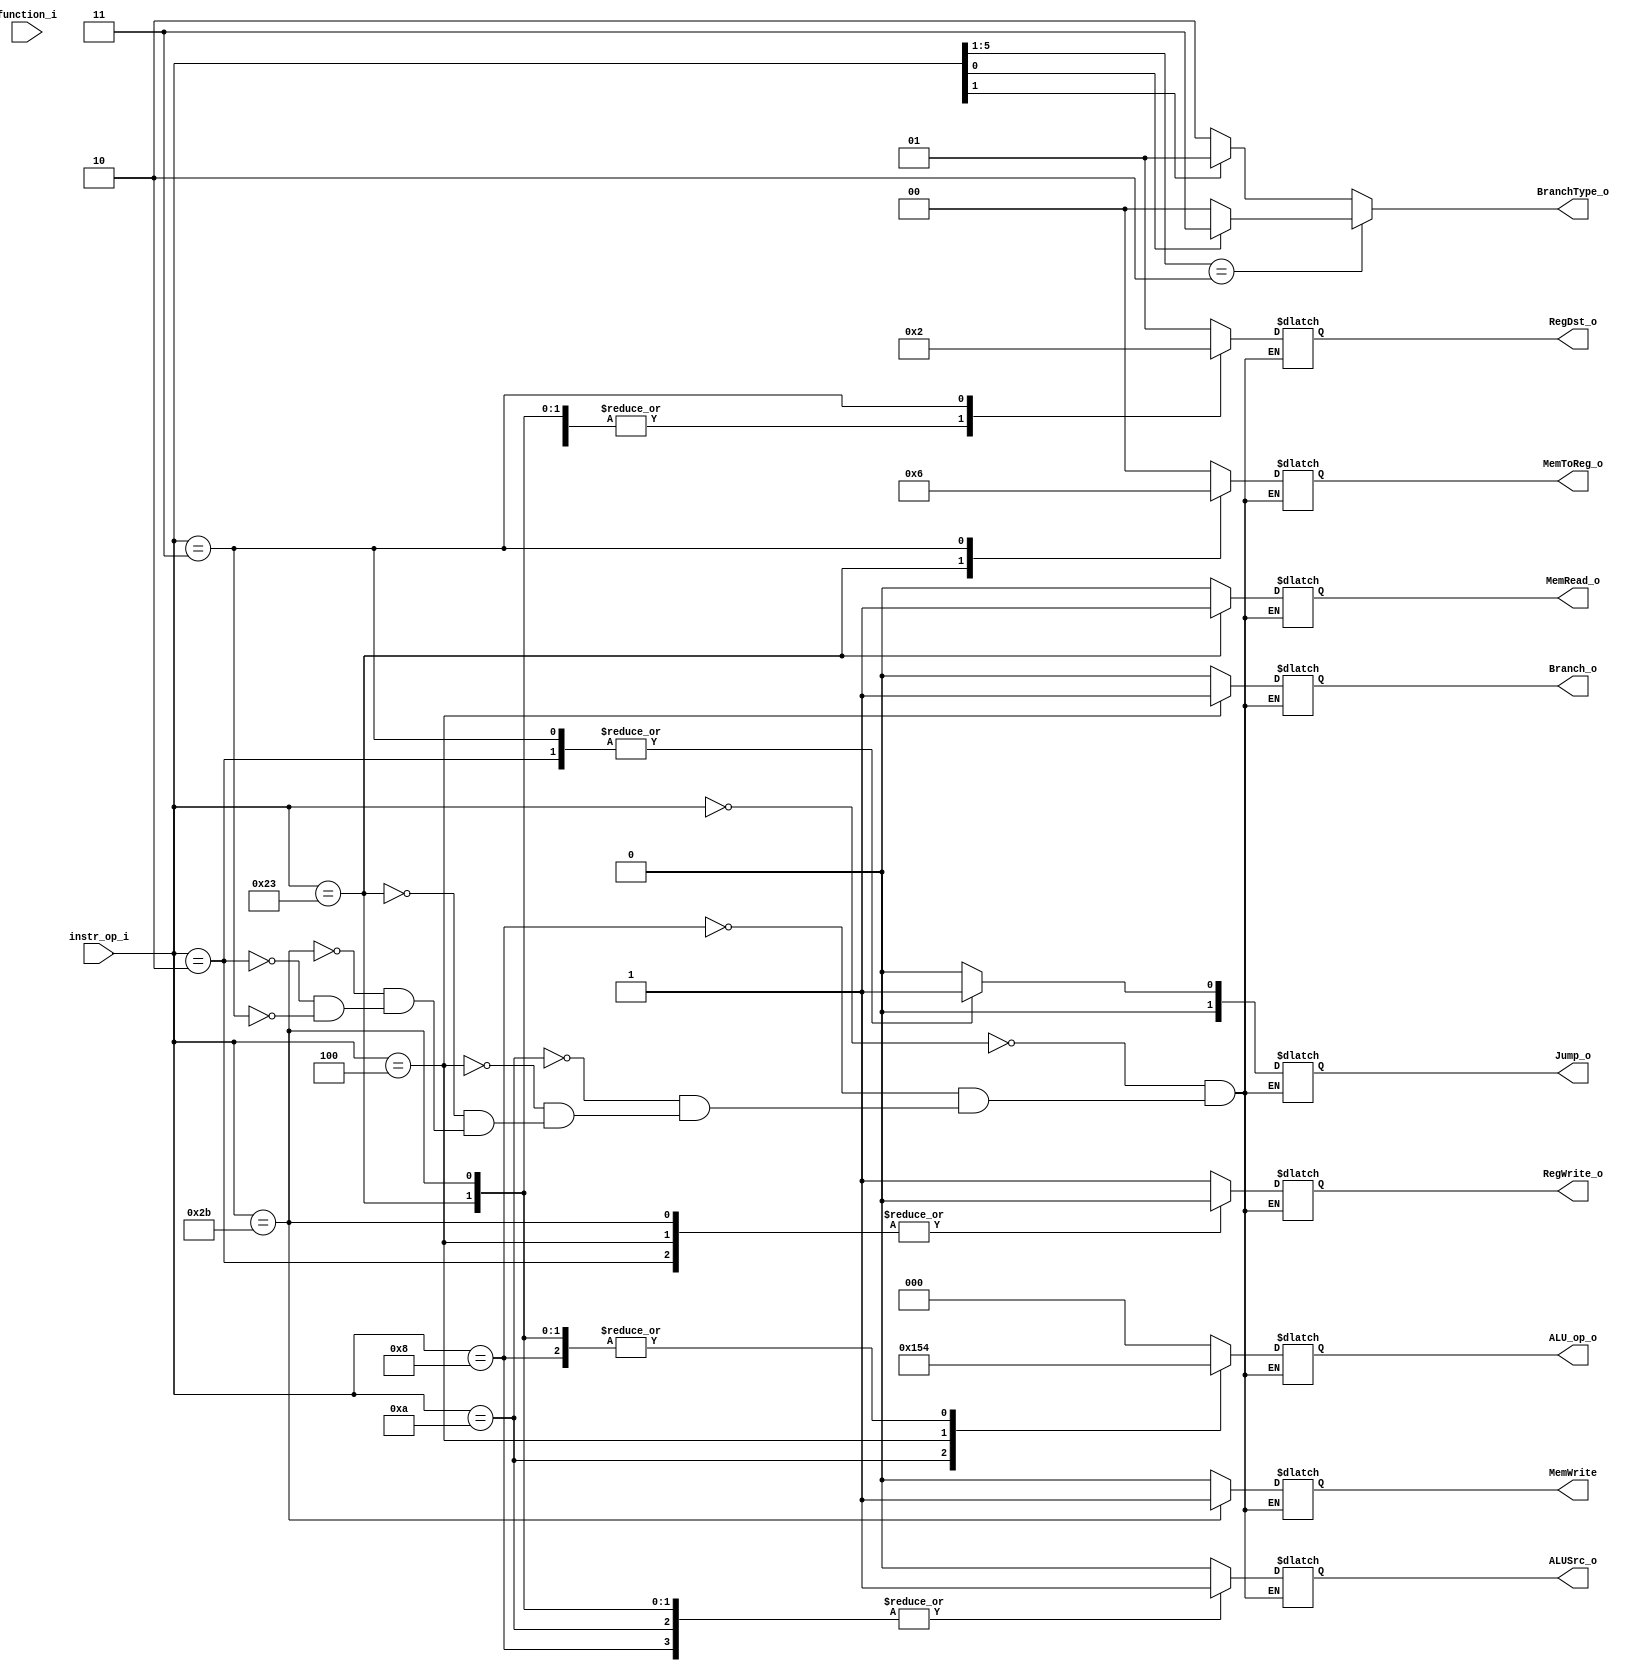
//Subject:     CO project 2 - Decoder
//--------------------------------------------------------------------------------
//Version:     1
//--------------------------------------------------------------------------------
//Writer:      Luke
//----------------------------------------------
//----------------------------------------------
//Description: 
//--------------------------------------------------------------------------------

module Decoder(
    instr_op_i,
    function_i,
	RegWrite_o,
	ALU_op_o,
	ALUSrc_o,
	RegDst_o,
	
	BranchType_o,
	Branch_o,
	Jump_o,
	MemToReg_o,
	MemRead_o,
	MemWrite
	);
     
//I/O ports
input  [6-1:0] instr_op_i,function_i;

output         RegWrite_o;
output [3-1:0] ALU_op_o;
output         ALUSrc_o;
output [2-1:0] RegDst_o;
output         Branch_o;

//output [3-1:0] Branch_type_o;
output [2-1:0] Jump_o;
output [2-1:0] MemToReg_o, BranchType_o;
output         MemRead_o;
output         MemWrite;
 
//Internal Signals
reg    [3-1:0] ALU_op_o;
reg            ALUSrc_o;
reg            RegWrite_o;
reg    [2-1:0] RegDst_o;
reg            Branch_o;

//reg [3-1:0] Branch_type_o;
reg  [2-1:0]  Jump_o;
reg [2-1:0] MemToReg_o, BranchType_o;
reg         MemRead_o;
reg         MemWrite;

//Parameter


//Main function

always @* begin
	BranchType_o <=  instr_op_i[5:1] == 5'b00010
		? (instr_op_i[0] ? 2'b11 : 2'b00)
		: (instr_op_i[1] ? 2'b01 : 2'b10);

end

always@(*)begin
    case(instr_op_i)
        'b000000:begin//R -format
            ALU_op_o <= 'b000;
            ALUSrc_o <= 'b0;
            RegWrite_o <= 'b1;
            RegDst_o <= 'b01;
            Branch_o <= 'b0;
            
            //Branch_type_o <='b0;
            Jump_o <= 'b0;
            MemToReg_o <= 'b0;
            MemRead_o <= 'b0;
            MemWrite <= 'b0;
        end
        'b001000:begin//addi
            ALU_op_o <= 'b100;
            ALUSrc_o <= 'b1;
            RegWrite_o <= 'b1;
            RegDst_o <= 'b00;
            Branch_o <= 'b0;
            
           // Branch_type_o <='b0;
            Jump_o <= 'b0;
            MemToReg_o <= 'b0;
            MemRead_o <= 'b0;
            MemWrite <= 'b0;
        end
        'b001010:begin//slti
            ALU_op_o <= 'b101;
            ALUSrc_o <= 'b1;
            RegWrite_o <= 'b1;
            RegDst_o <= 'b00;
            Branch_o <= 'b0;
            
         //  Branch_type_o <='b0;
            Jump_o <= 'b0;
            MemToReg_o <= 'b0;
            MemRead_o <= 'b0;
            MemWrite <= 'b0;
        end
        'b000100:begin//beq
            ALU_op_o <= 'b010;
            ALUSrc_o <= 'b0;
            RegWrite_o <= 'b0;
            RegDst_o <= 'b00;
            Branch_o <= 'b1;
            
           // Branch_type_o <='b0;
            Jump_o <= 'b0;
            MemToReg_o <= 'b0;
            MemRead_o <= 'b0;
            MemWrite <= 'b0;
        end
        'b100011:begin//lw
            ALU_op_o <= 'b100;
            ALUSrc_o <= 'b1;
            RegWrite_o <= 'b1;
            RegDst_o <= 'b00;
            Branch_o <= 'b0;
            
          //  Branch_type_o <='b0;
            Jump_o <= 'b0;
            MemToReg_o <= 'b01;
            MemRead_o <= 'b1;
            MemWrite <= 'b0;
        end
        'b101011:begin//sw
            ALU_op_o <= 'b100;
            ALUSrc_o <= 'b1;
            RegWrite_o <= 'b0;
            RegDst_o <= 'b00;
            Branch_o <= 'b0;
            
        //    Branch_type_o <='b0;
            Jump_o <= 'b0;
            MemToReg_o <= 'b00;
            MemRead_o <= 'b0;
            MemWrite <= 'b1;
        end
        'b000010:begin//jump
            ALU_op_o <= 'b000;
            ALUSrc_o <= 'b0;
            RegWrite_o <= 'b0;
            RegDst_o <= 'b00;
            Branch_o <= 'b0;
            
         //   Branch_type_o <='b0;
            Jump_o <= 'b1;
            MemToReg_o <= 'b00;
            MemRead_o <= 'b0;
            MemWrite <= 'b0;
        end
        'b000011:begin//jal
            ALU_op_o <= 'b000;
            ALUSrc_o <= 'b0;
            RegWrite_o <= 'b1;
            RegDst_o <= 'b10;
            Branch_o <= 'b0;
            
       //     Branch_type_o <='b0;
            Jump_o <= 'b1;
            MemToReg_o <= 'b10;
            MemRead_o <= 'b10;
            MemWrite <= 'b0;
        end
    endcase
end
endmodule